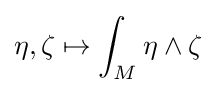
\eta ,\zeta \mapsto \int _{M}\eta \wedge \zeta